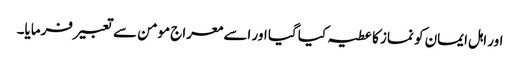
اور اہل ایمان کو نماز کا عطیہ کیا گیا اور اسے معراج مومن سے تعبیر فرمایا۔